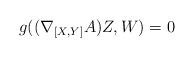
LaTeX: \begin{align*} g((\nabla_{[X,Y]}A)Z,W)=0\end{align*}